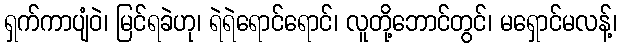
ရှက်ကာပျံဝဲ၊ မြင်ရခဲဟု၊ ရဲရဲရောင်ရောင်၊ လူတို့ဘောင်တွင်၊ မရှောင်မလန့်၊